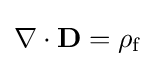
\nabla \cdot \mathbf {D} =\rho _{\text{f}}